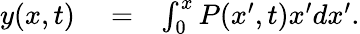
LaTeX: \begin{array}{rlr}{y(x,t)}&{{}=}&{\int_{0}^{x}P(x^{\prime},t)x^{\prime}dx^{\prime}.}\end{array}